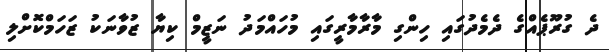
ދެ ގުރޫޕެއްގެ ދެމެދުގައި ހިންގި މާރާމާރީގައި މުހައްމަދު ނަޒީމް ކިޔާ ޒުވާނަކު ޒަހަމްކޮށްލި